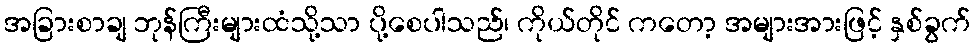
အခြားစာချ ဘုန်ကြီးများထံသို့သာ ပို့စေပါသည်၊ ကိုယ်တိုင် ကတော့ အများအားဖြင့် နှစ်ခွက်